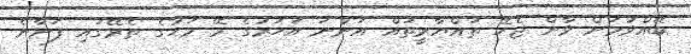
ބޭއްވުމަށް ވާން ޖެހޭ ތައްޔާރީތައް އަންނަ އަހަރުގެ މޭ މަހުގެ ތެރޭގައި ފަށާނެ